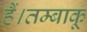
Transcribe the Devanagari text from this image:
हैं।तम्बाकू